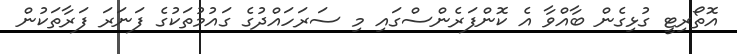
އޮތޯރިޓީ ގުޅިގެން ބާއްވާ އެ ކޮންފަރެންސްގައި މި ސަރަހައްދުގެ ގައުމުތަކުގެ ފަނަރަ ފަރާތަކުން